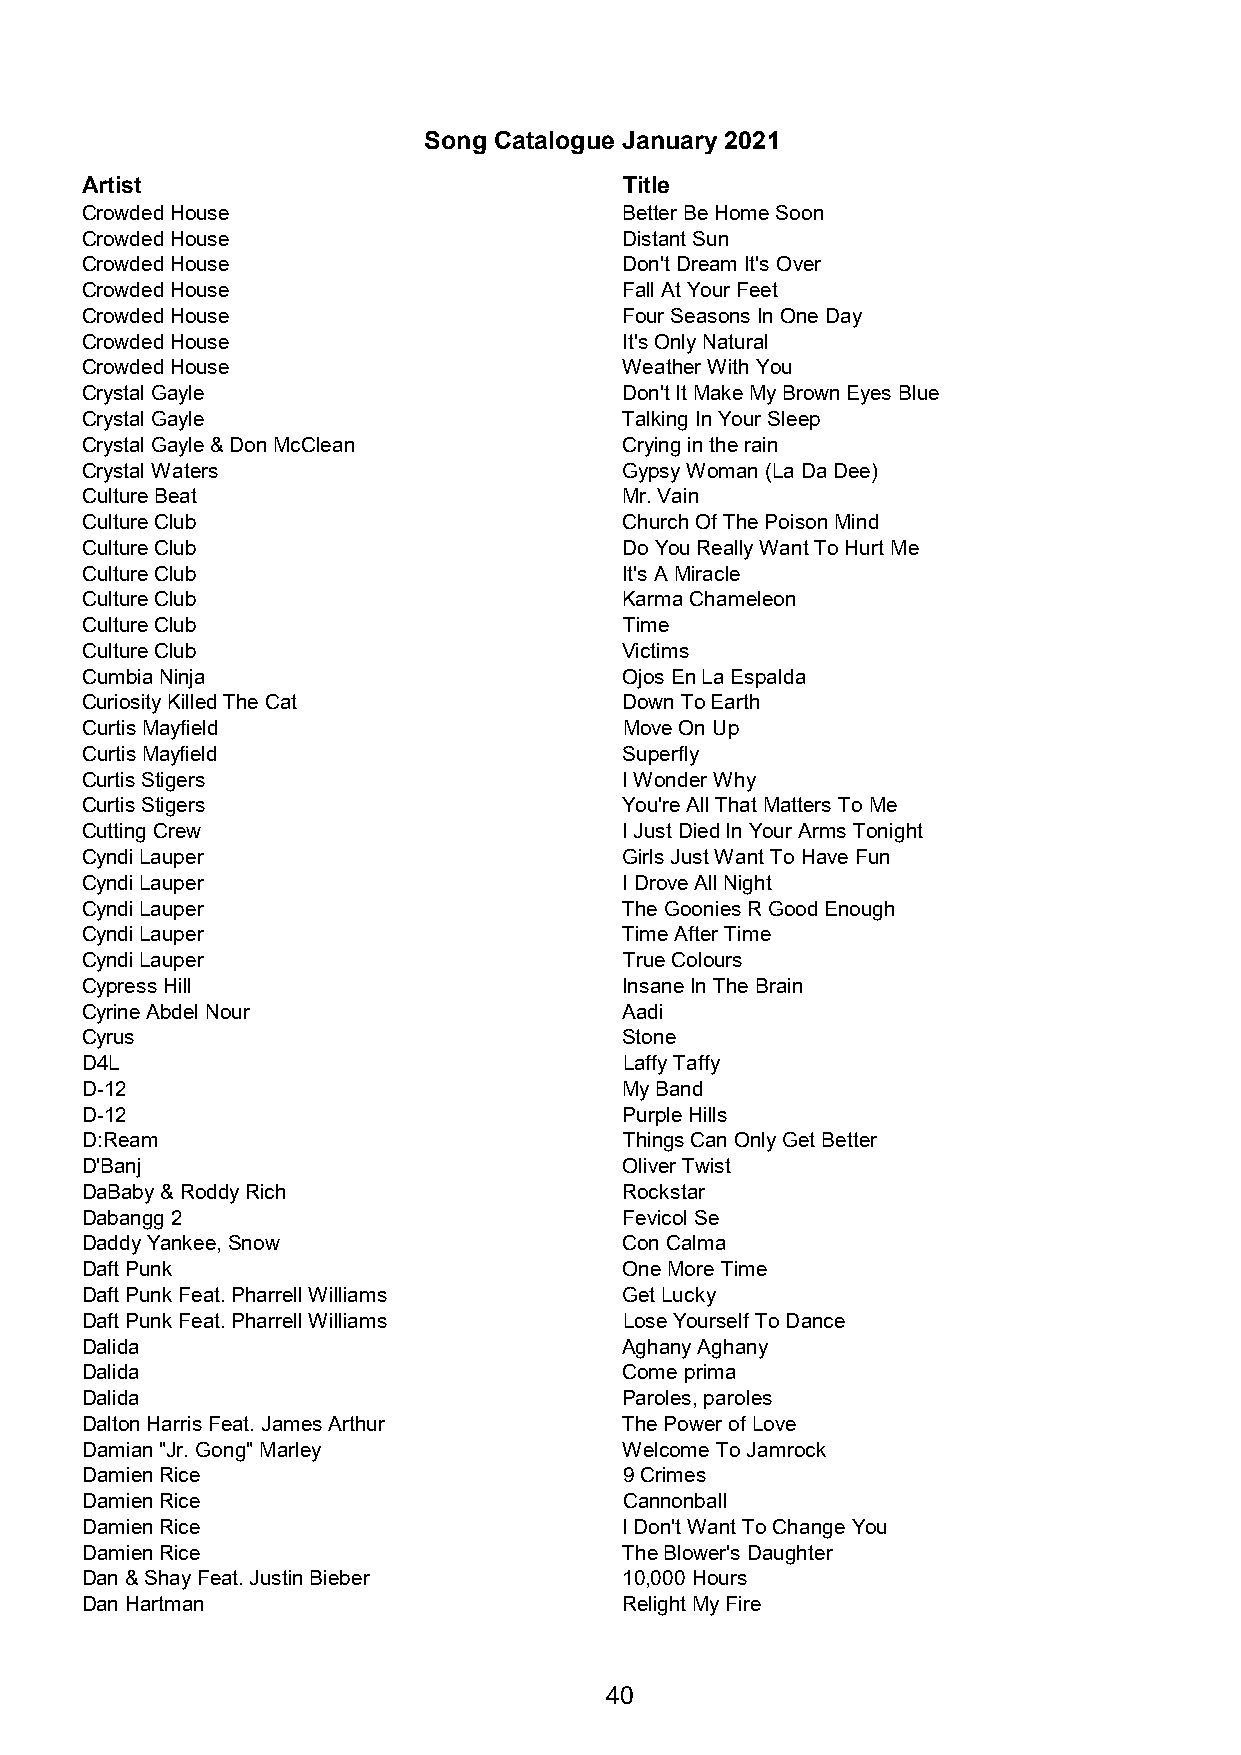
Song Catalogue January 2021
 Artist                              Title
 Crowded House                       Better Be Home Soon
 Crowded House                       Distant Sun
 Crowded House                       Don't Dream It's Over
 Crowded House                       Fall At Your Feet
 Crowded House                       Four Seasons In One Day
 Crowded House                       It's Only Natural
 Crowded House                       Weather With You
 Crystal Gayle                       Don't It Make My Brown Eyes Blue
 Crystal Gayle                       Talking In Your Sleep
 Crystal Gayle & Don McClean         Crying in the rain
 Crystal Waters                      Gypsy Woman (La Da Dee)
 Culture Beat                        Mr. Vain
 Culture Club                        Church Of The Poison Mind
 Culture Club                        Do You Really Want To Hurt Me
 Culture Club                        It's A Miracle
 Culture Club                        Karma Chameleon
 Culture Club                        Time
 Culture Club                        Victims
 Cumbia Ninja                        Ojos En La Espalda
 Curiosity Killed The Cat            Down To Earth
 Curtis Mayfield                     Move On Up
 Curtis Mayfield                     Superfly
 Curtis Stigers                      I Wonder Why
 Curtis Stigers                      You're All That Matters To Me
 Cutting Crew                        I Just Died In Your Arms Tonight
 Cyndi Lauper                        Girls Just Want To Have Fun
 Cyndi Lauper                        I Drove All Night
 Cyndi Lauper                        The Goonies R Good Enough
 Cyndi Lauper                        Time After Time
 Cyndi Lauper                        True Colours
 Cypress Hill                        Insane In The Brain
 Cyrine Abdel Nour                   Aadi
 Cyrus                               Stone
 D4L                                 Laffy Taffy
 D-12                                My Band
 D-12                                Purple Hills
 D:Ream                              Things Can Only Get Better
 D'Banj                              Oliver Twist
 DaBaby & Roddy Rich                 Rockstar
 Dabangg 2                           Fevicol Se
 Daddy Yankee, Snow                  Con Calma
 Daft Punk                           One More Time
 Daft Punk Feat. Pharrell Williams   Get Lucky
 Daft Punk Feat. Pharrell Williams   Lose Yourself To Dance
 Dalida                              Aghany Aghany
 Dalida                              Come prima
 Dalida                              Paroles, paroles
 Dalton Harris Feat. James Arthur    The Power of Love
 Damian "Jr. Gong" Marley            Welcome To Jamrock
 Damien Rice                         9 Crimes
 Damien Rice                         Cannonball
 Damien Rice                         I Don't Want To Change You
 Damien Rice                         The Blower's Daughter
 Dan & Shay Feat. Justin Bieber      10,000 Hours
 Dan Hartman                         Relight My Fire
 40